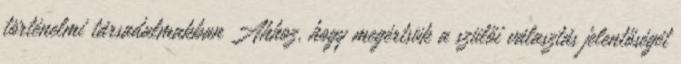
történelmi társadalmakban Ahhoz, hogy megértsük a szülői választás jelentőségét